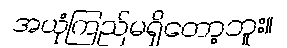
အယုံကြည်မရှိတော့ဘူး။